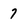
Character: 7